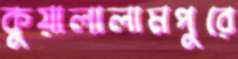
কুয়ালালামপুরে